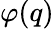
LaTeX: \varphi(q)